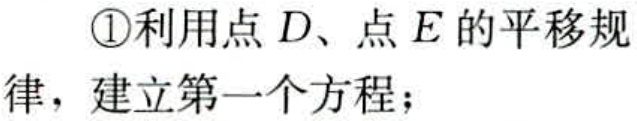
\textcircled{1}利用点 \(D\)、点 \(E\) 的平移规
律，建立第一个方程；